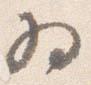
為